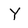
Character: Y